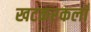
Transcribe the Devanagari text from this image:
खटकरकलाँ